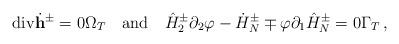
LaTeX: \begin{align*}\mathrm{div}\dot{\mathbf h}^{\pm}=0 \Omega_T\quad\mbox{and}\quad\hat{H}^{\pm}_2\partial_2\varphi-\dot{H}^{\pm}_{N}\mp\varphi\partial_1\hat{H}^{\pm}_{N}=0 \Gamma_T\,,\end{align*}